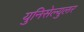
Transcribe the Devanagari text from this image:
युनिसेल्युलर